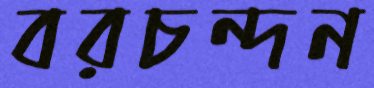
বরচন্দন